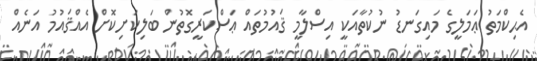
އެޙިކްމަތު ޢަމަލީގެ މައިގަނޑު ނުކުތާއަކީ އިސްލާމީ ޤައުމުތައް ޢަސްކަރީގޮތުން ބަލިކަށިކޮށް އެއްޤައުމު އަނެއް